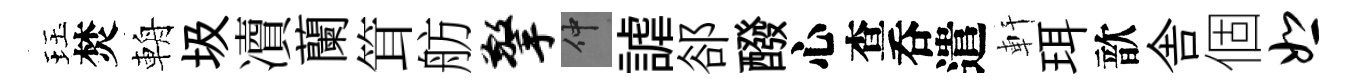
珏焚輈圾凟蘭䇯舫擎仲謔郤醱心查呑遣軒珥歆舎個恕